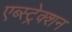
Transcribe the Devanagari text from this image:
एब्स्ट्रेक्शन